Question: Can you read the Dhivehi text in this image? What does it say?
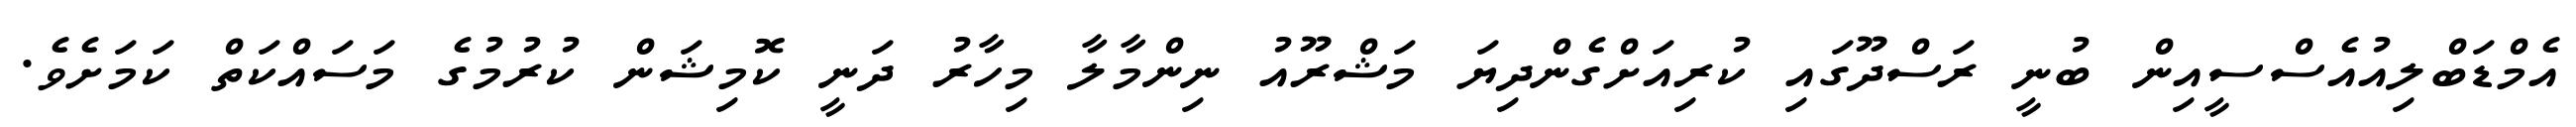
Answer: އެމްޑަބްލިއުއެސްސީއިން ބުނީ ރަސްދޫގައި ކުރިއަށްގެންދިޔަ މަޝްރޫއު ނިންމާލާ މިހާރު ދަނީ ކޮމިޝަން ކުރުމުގެ މަސައްކަތް ކަމަށެވެ.